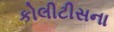
કોલીટીસના